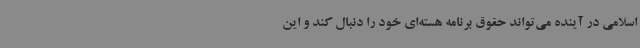
اسلامی در آینده می‌تواند حقوق برنامه هسته‌ای خود را دنبال کند و این